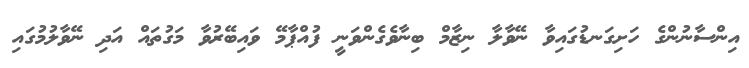
އިންސާނުންގެ ހަށިގަނޑުގައިވާ ނޭވާލާ ނިޒާމް ބިނާވެގެންވަނީ ފުއްޕާމޭ ވައިބޭރުވާ މަގުތައް އަދި ނޭވާލުމުގައި